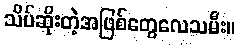
သိပ်ဆိုးတဲ့အဖြစ်တွေလေသမီး။